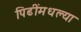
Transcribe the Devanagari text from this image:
पिढींमधल्या